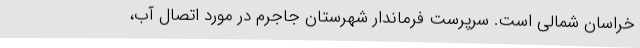
خراسان شمالی است. سرپرست فرماندار شهرستان جاجرم در مورد اتصال آب،